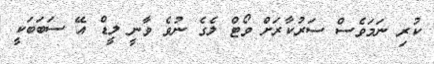
ކުރި ނަމަވެސް ސަރުކާރަށް ވޯޓް ލެގެ ނުވެ ވާނީ ލީޑް އޭ ސަބަބަކީ